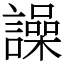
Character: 譟